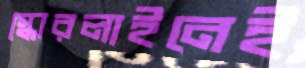
স্কোরলাইনেই